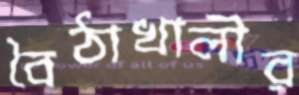
বৈঠাখালীর